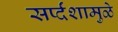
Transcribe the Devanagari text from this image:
सर्प्दंशामुळे